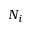
N _ { i }